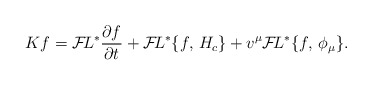
\begin{align*}K f = {\cal F}\!L^*{\partial f \over \partial t} + {\cal F}\!L^* \{f,\,H_c \} + v^\mu {\cal F}\!L^*\{f,\, \phi_\mu \}. \\\end{align*}